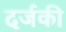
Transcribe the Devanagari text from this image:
दर्जकी